Indian journal of veterinary science and animal husbandry - Volume 9,
Year: 1939
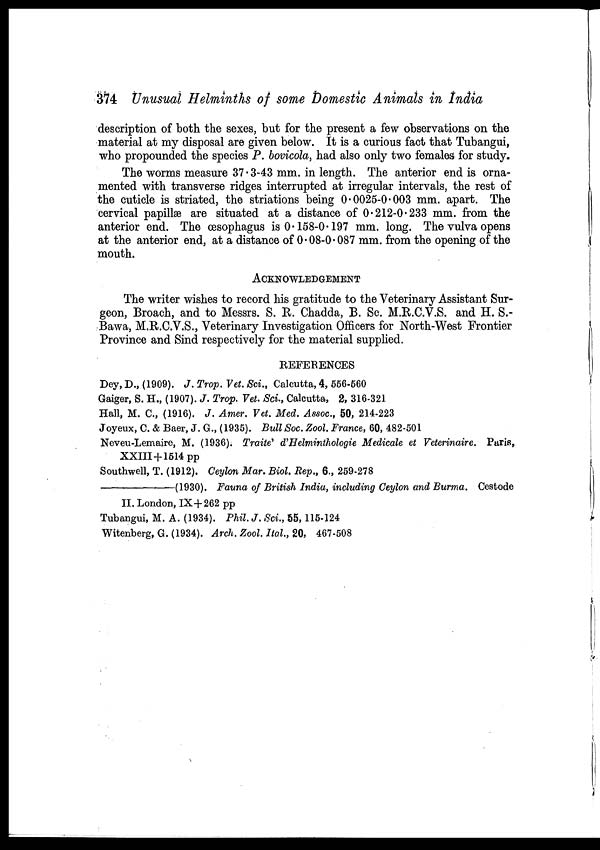
374 Unusual Helminths of some Domestic Animals in India
description of both the sexes, but for the present a few observations on the
material at my disposal are given below. It is a curious fact that Tubangui,
who propounded the species P. bovicola, had also only two females for study.
The worms measure 37.3-43 mm. in length. The anterior end is orna-
mented with transverse ridges interrupted at irregular intervals, the rest of
the cuticle is striated, the striations being 0.0025-0.003 mm. apart. The
cervical papillæ are situated at a distance of 0.212-0.233 mm. from the
anterior end. The œsophagus is 0.158-0.197 mm. long. The vulva opens
at the anterior end, at a distance of 0.08-0.087 mm. from the opening of the
mouth.
ACKNOWLEDGEMENT
The writer wishes to record his gratitude to the Veterinary Assistant Sur-
geon, Broach, and to Messrs. S. R. Chadda, B. Sc. M.R.C.V.S. and H. S.-
Bawa, M.R.C.V.S., Veterinary Investigation Officers for North-West Frontier
Province and Sind respectively for the material supplied.
REFERENCES
Dey, D., (1909). J. Trop. Vet. Sci., Calcutta, 4, 556-560
Gaiger, S. H., (1907). J. Trop. Vet. Sci., Calcutta, 2, 316-321
Hall, M. C, (1916). J. Amer. Vet. Med. Assoc., 50, 214-223
Joyeux, C. & Baer, J. G., (1935). Bull Soc. Zool. France, 60, 482-501
Neveu-Lemaire, M. (1936). Traite' d'Helminthologie Medicale et Veterinaire. Paris,
XXIII+1514 pp
Southwell, T. (1912). Ceylon Mar. Biol. Rep., 6., 259-278
(1930). Fauna of British India, including Ceylon and Burma. Cestode
II. London, IX+262 pp
Tubangui, M. A. (1934). Phil. J. Sci., 55,115-124
Witenberg, G. (1934). Arch. Zool. Ital., 20, 467-508